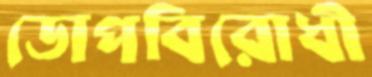
ডোপবিরোধী